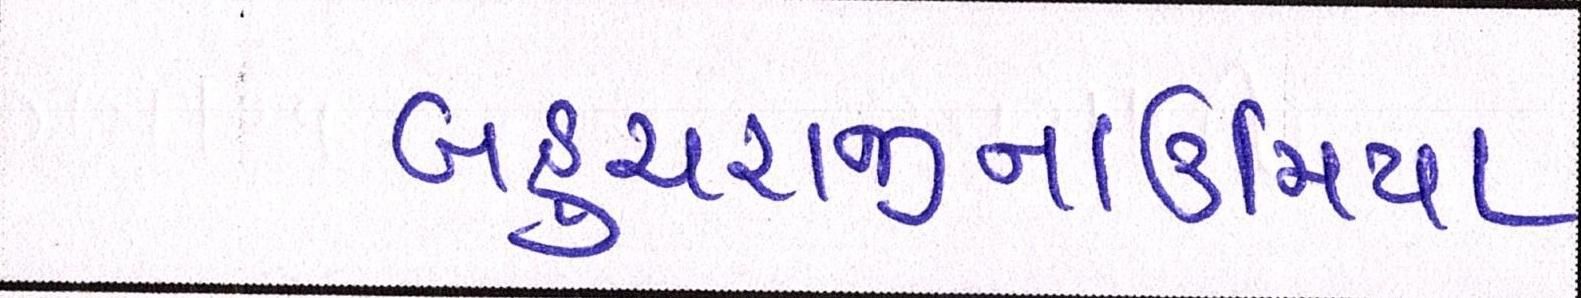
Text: બહુચરાજીનાઉમિયા